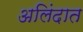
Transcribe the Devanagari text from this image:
अलिंदात